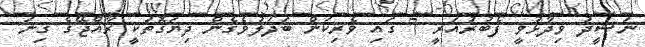
ނަޝީދު ވިދާޅުވީ ފެބުރުއަރީ 7 ގައި ވެރިކަން ބަދަލުވެގެން ދިޔަގޮތަކީ ރާއްޖޭގެ ގިނަ